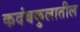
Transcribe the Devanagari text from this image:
कदंबकुलातील